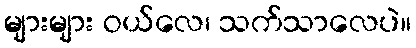
များများ ဝယ်လေ၊ သက်သာလေပဲ။